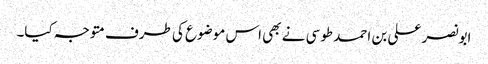
ابونصر علی بن احمد طوسی نے بھی اس موضوع کی طرف متوجہ کیا۔